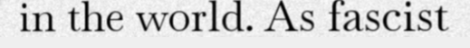
in the world. As fascist